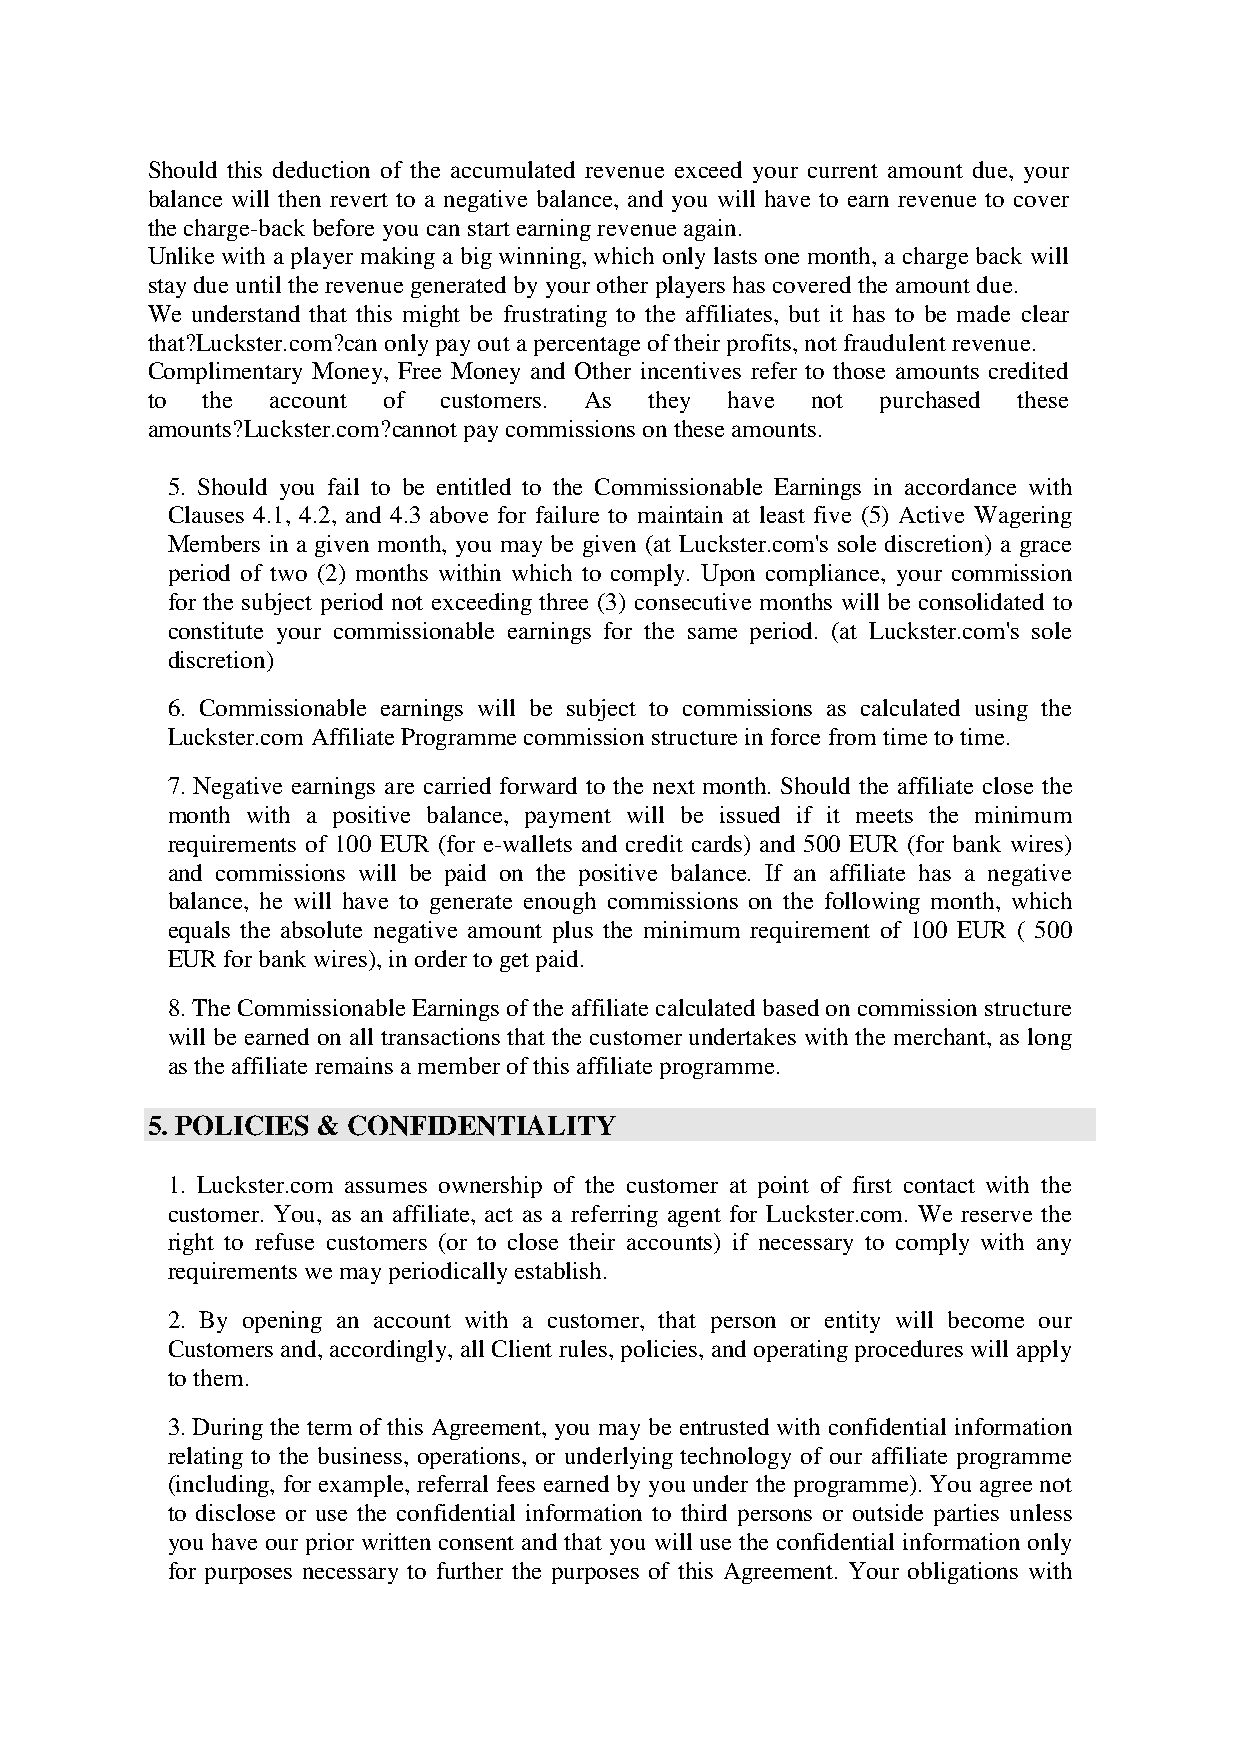
Should this deduction of the accumulated revenue exceed your current amount due, your
 balance will then revert to a negative balance, and you will have to earn revenue to cover
 the charge-back before you can start earning revenue again.
 Unlike with a player making a big winning, which only lasts one month, a charge back will
 stay due until the revenue generated by your other players has covered the amount due.
 We understand that this might be frustrating to the affiliates, but it has to be made clear
 that?Luckster.com?can only pay out a percentage of their profits, not fraudulent revenue.
 Complimentary Money, Free Money and Other incentives refer to those amounts credited
 to the  account of customers. As they have  not purchased these
 amounts?Luckster.com?cannot pay commissions on these amounts.
 5. Should you fail to be entitled to the Commissionable Earnings in accordance with
 Clauses 4.1, 4.2, and 4.3 above for failure to maintain at least five (5) Active Wagering
 Members in a given month, you may be given (at Luckster.com's sole discretion) a grace
 period of two (2) months within which to comply. Upon compliance, your commission
 for the subject period not exceeding three (3) consecutive months will be consolidated to
 constitute your commissionable earnings for the same period. (at Luckster.com's sole
 discretion)
 6. Commissionable earnings will be subject to commissions as calculated using the
 Luckster.com Affiliate Programme commission structure in force from time to time.
 7. Negative earnings are carried forward to the next month. Should the affiliate close the
 month with a positive balance, payment will be issued if it meets the minimum
 requirements of 100 EUR (for e-wallets and credit cards) and 500 EUR (for bank wires)
 and commissions will be paid on the positive balance. If an affiliate has a negative
 balance, he will have to generate enough commissions on the following month, which
 equals the absolute negative amount plus the minimum requirement of 100 EUR ( 500
 EUR for bank wires), in order to get paid.
 8. The Commissionable Earnings of the affiliate calculated based on commission structure
 will be earned on all transactions that the customer undertakes with the merchant, as long
 as the affiliate remains a member of this affiliate programme.
 5. POLICIES & CONFIDENTIALITY
 1. Luckster.com assumes ownership of the customer at point of first contact with the
 customer. You, as an affiliate, act as a referring agent for Luckster.com. We reserve the
 right to refuse customers (or to close their accounts) if necessary to comply with any
 requirements we may periodically establish.
 2. By opening an account with a customer, that person or entity will become our
 Customers and, accordingly, all Client rules, policies, and operating procedures will apply
 to them.
 3. During the term of this Agreement, you may be entrusted with confidential information
 relating to the business, operations, or underlying technology of our affiliate programme
 (including, for example, referral fees earned by you under the programme). You agree not
 to disclose or use the confidential information to third persons or outside parties unless
 you have our prior written consent and that you will use the confidential information only
 for purposes necessary to further the purposes of this Agreement. Your obligations with